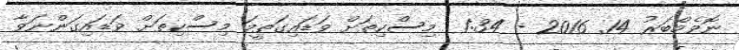
ނޮވެމްބަރު 14